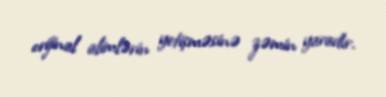
orijinal alimlərin yetişməsinə zəmin yaradır.